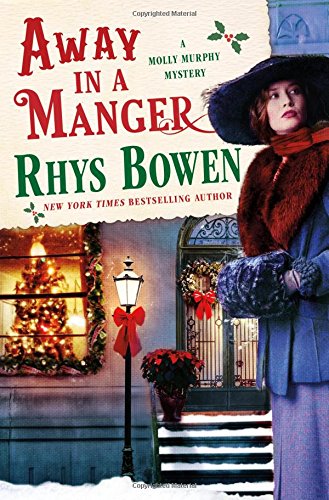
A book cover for Away in a Manger (Molly Murphy Mysteries); Rhys Bowen; Mystery, Thriller & Suspense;